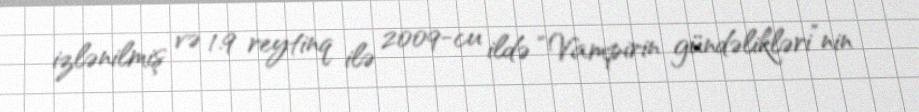
izlənilmiş və 1.9 reytinq ilə 2009-cu ildə “Vampirin gündəlikləri”nin